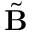
\tilde { \mathbf { B } }